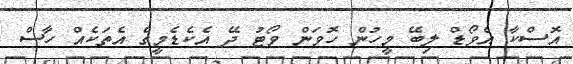
އޮސްކާ އެވޯޑް ލިބޭ މީހުން ހޮވަން ވޯޓު ދޭ އެކެޑެމީގެ އެތަކެއް ހާސް